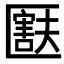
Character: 𫧚